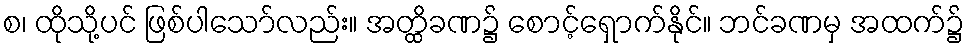
စ၊ ထိုသို့ပင် ဖြစ်ပါသော်လည်း။ အတ္ထိခဏ၌ စောင့်ရှောက်နိုင်။ ဘင်ခဏမှ အထက်၌